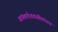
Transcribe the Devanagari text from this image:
बांगलादेशवासीयांनाच